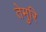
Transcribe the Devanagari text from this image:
तेमुरि